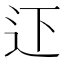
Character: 𨑜